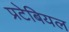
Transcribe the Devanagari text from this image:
प्रटेबियल